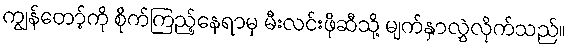
ကျွန်တော့်ကို စိုက်ကြည့်နေရာမှ မီးလင်းဖိုဆီသို့ မျက်နှာလွှဲလိုက်သည်။